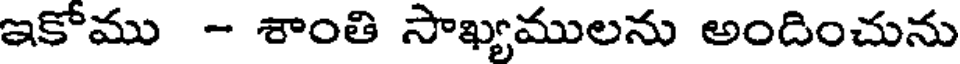
ఇకోము - శాంతి సాఖ్యములను అందించును